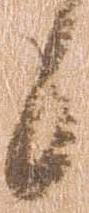
候